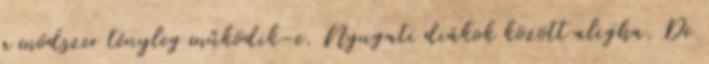
a módszer tényleg működik-e. Nyugati diákok között aligha. De